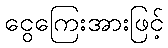
ငွေကြေးအားဖြင့်